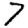
Digit: 7